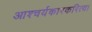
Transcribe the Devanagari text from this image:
आश्चर्यकारकरित्या